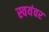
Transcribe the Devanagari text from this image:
स्‍वयंवर